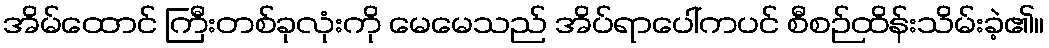
အိမ်ထောင် ကြီးတစ်ခုလုံးကို မေမေသည် အိပ်ရာပေါ်ကပင် စီစဉ်ထိန်းသိမ်းခဲ့၏။